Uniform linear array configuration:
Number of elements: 32
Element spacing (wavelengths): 1
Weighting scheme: blackman
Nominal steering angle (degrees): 15
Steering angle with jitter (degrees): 13.601
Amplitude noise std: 0.05
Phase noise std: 0.05

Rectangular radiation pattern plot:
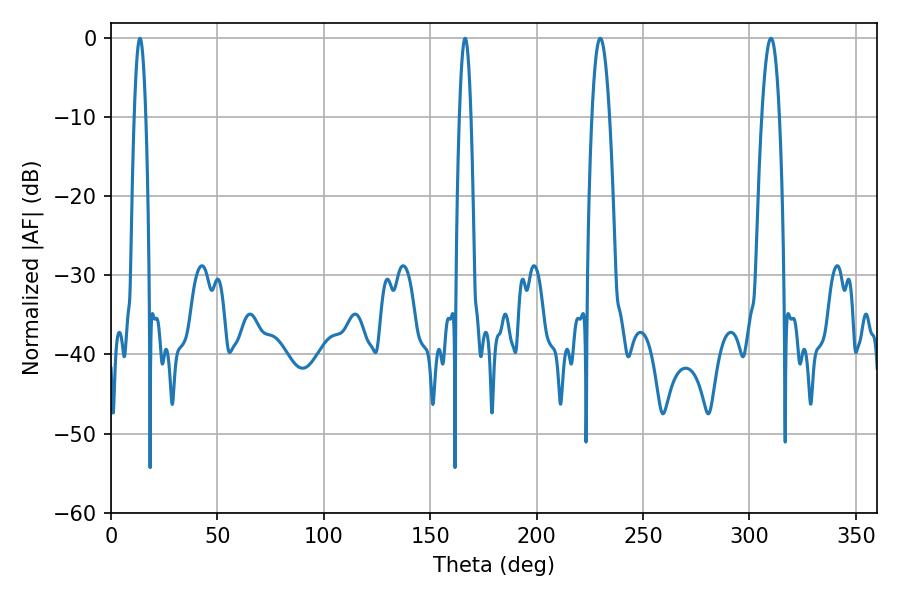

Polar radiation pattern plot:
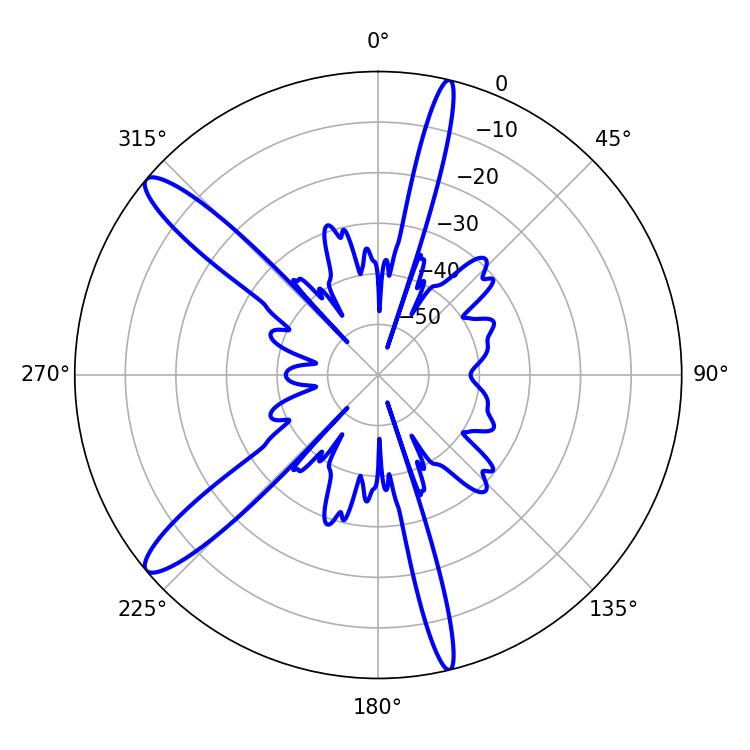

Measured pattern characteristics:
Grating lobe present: TRUE
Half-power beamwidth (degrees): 4.5
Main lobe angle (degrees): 229.86